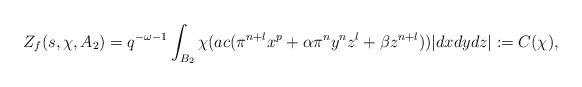
LaTeX: \begin{align*}Z_f(s, \chi, A_2)=q^{-\omega-1}\int_{B_2}\chi(ac (\pi^{n+l}x^p+\alpha\pi^ny^nz^l+\beta z^{n+l}))|dxdydz|:=C(\chi),\end{align*}